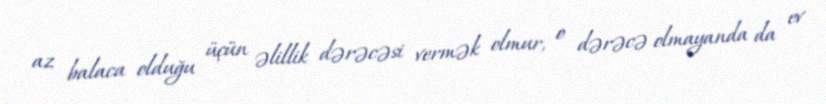
az balaca olduğu üçün əlillik dərəcəsi vermək olmur, o dərəcə olmayanda da ev